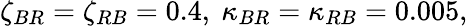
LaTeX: \zeta_{BR}=\zeta_{RB}=0.4,\ \kappa_{BR}=\kappa_{RB}=0.005,